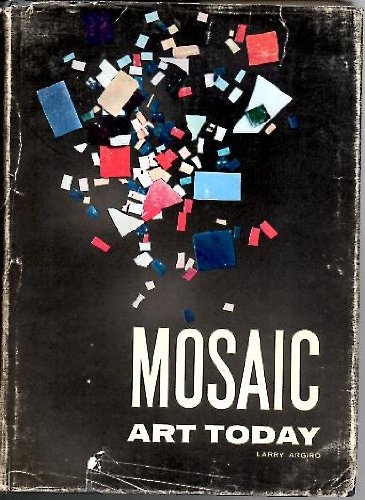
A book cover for Mosaic art today (International textbooks in art education); Larry Argiro; Arts & Photography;